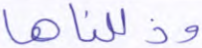
وذللناها